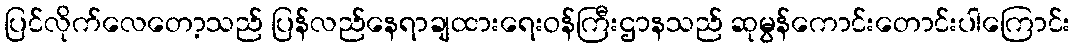
ပြင်လိုက်လေတော့သည် ပြန်လည်နေရာချထားရေးဝန်ကြီးဌာနသည် ဆုမွန်ကောင်းတောင်းပါကြောင်း